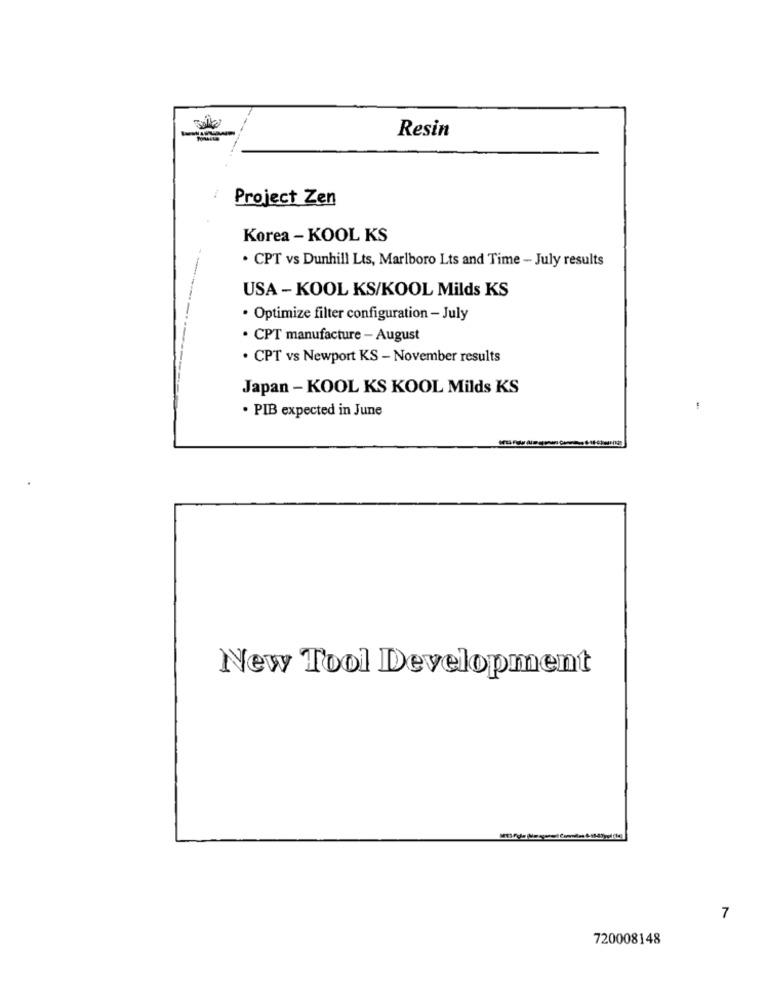
Resin
Project Zen
Korea - KOOL KS
. CPT vs Dunhill Lts, Marlboro Lts and Time - July results
USA - KOOL KS/KOOL Milds KS
· Optimize filter configuration - July
. CPT manufacture - August
. CPT vs Newport KS - November results
Japan - KOOL KS KOOL Milds KS
· PIB expected in June
New Tool Development
7
720008148